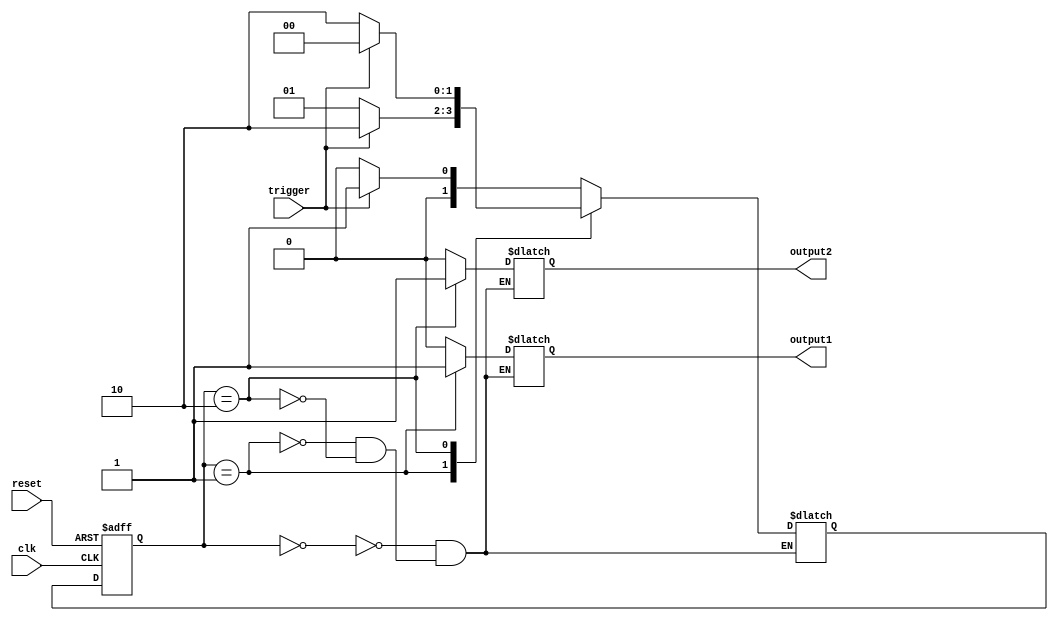
module Mealy_StateMachine (
    input clk,
    input reset,
    input trigger,
    output reg output1,
    output reg output2
);

parameter S0 = 2'b00;
parameter S1 = 2'b01;
parameter S2 = 2'b10;

reg [1:0] state, next_state;

always @(posedge clk or posedge reset) begin
    if (reset) begin
        state <= S0;
    end else begin
        state <= next_state;
    end
end

always @(*) begin
    case(state)
        S0: begin
            if (trigger) begin
                next_state = S1;
            end else begin
                next_state = S0;
            end
            output1 = 0;
            output2 = 0;
        end
        S1: begin
            if (trigger) begin
                next_state = S2;
            end else begin
                next_state = S1;
            end
            output1 = 1;
            output2 = 0;
        end
        S2: begin
            if (trigger) begin
                next_state = S0;
            end else begin
                next_state = S2;
            end
            output1 = 0;
            output2 = 1;
        end
    endcase
end

endmodule